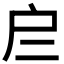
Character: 𢨧